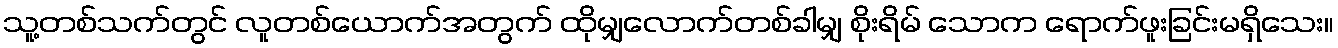
သူ့တစ်သက်တွင် လူတစ်ယောက်အတွက် ထိုမျှလောက်တစ်ခါမျှ စိုးရိမ် သောက ရောက်ဖူးခြင်းမရှိသေး။